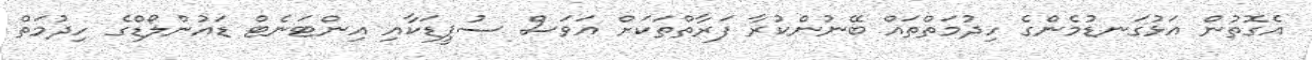
އެގޮތުން އަޅުގަނޑުމެންގެ ހިދުމަތްތައް ބޭނުންކުރާ ފަރާތްތަކަށް އަވަސް ސުޕީޑަކާއި އިންޓަނެޓް ޑައުންލޯޑްގެ ހިދުމަތް